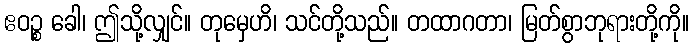
ဧဝဉ္စ ခေါ၊ ဤသို့လျှင်။ တုမှေဟိ၊ သင်တို့သည်။ တထာဂတာ၊ မြတ်စွာဘုရားတို့ကို။